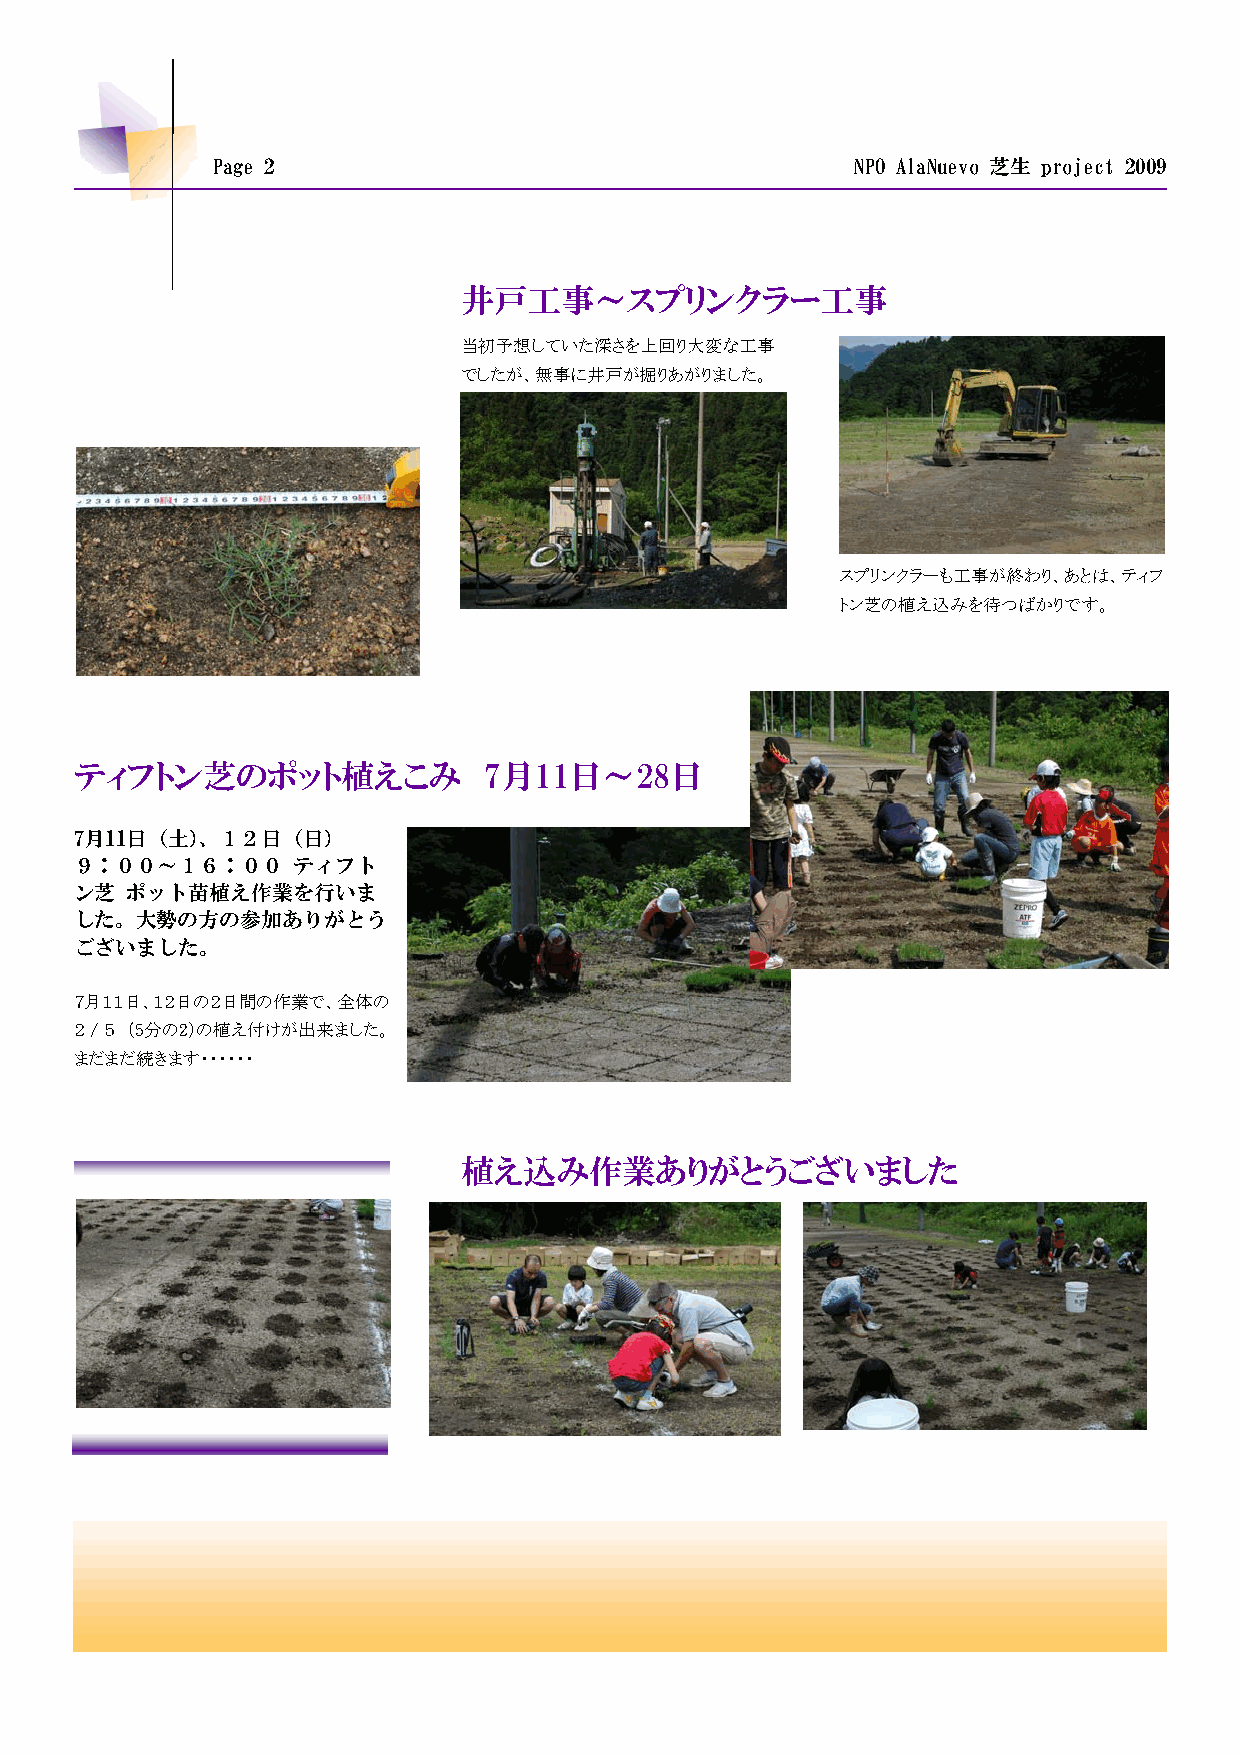
Page 2                                     NPO AlaNuevo 芝生 project 2009
 井戸工事～スプリンクラー工事
 当初予想していた深さを上回り大変な工事
 でしたが、無事に井戸が掘りあがりました。
 スプリンクラーも工事が終わり、あとは、ティフ
 トン芝の植え込みを待つばかりです。
 ティフトン芝のポット植えこみ             7月11日～28日
 7月11日（土）、１２日（日）
 ９：００～１６：００    ティフト
 ン芝 ポット苗植え作業を行いま
 した。大勢の方の参加ありがとう
 ございました。
 ７月１１日、１２日の２日間の作業で、全体の
 ２ / ５ （5分の2）の植え付けが出来ました。
 まだまだ続きます・・・・・・
 植え込み作業ありがとうございました